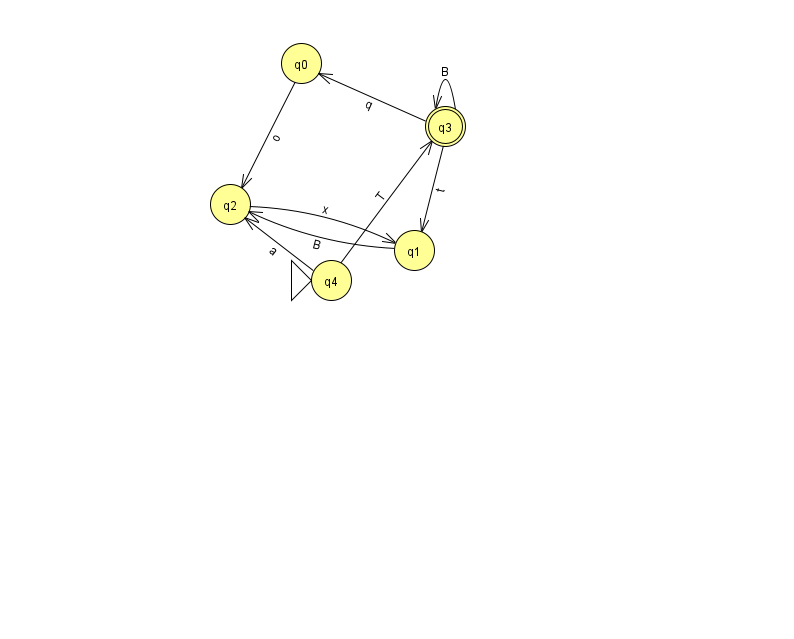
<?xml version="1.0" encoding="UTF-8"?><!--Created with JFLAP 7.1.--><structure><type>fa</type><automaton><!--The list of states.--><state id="0" name="q0"><x>301.0</x><y>50.0</y></state><state id="1" name="q1"><x>414.0</x><y>237.0</y></state><state id="2" name="q2"><x>230.0</x><y>191.0</y></state><state id="3" name="q3"><x>445.0</x><y>113.0</y><final/></state><state id="4" name="q4"><x>331.0</x><y>267.0</y><initial/></state><!--The list of transitions.--><transition><from>1</from><to>2</to><read>B</read></transition><transition><from>3</from><to>3</to><read>B</read></transition><transition><from>4</from><to>3</to><read>T</read></transition><transition><from>0</from><to>2</to><read>o</read></transition><transition><from>3</from><to>0</to><read>q</read></transition><transition><from>4</from><to>2</to><read>a</read></transition><transition><from>2</from><to>1</to><read>x</read></transition><transition><from>3</from><to>1</to><read>t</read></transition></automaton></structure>